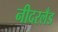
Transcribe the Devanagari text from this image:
नीदरलँड